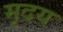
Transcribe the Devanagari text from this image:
मृदय